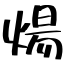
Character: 煬